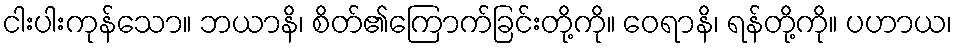
ငါးပါးကုန်သော။ ဘယာနိ၊ စိတ်၏ကြောက်ခြင်းတို့ကို။ ဝေရာနိ၊ ရန်တို့ကို။ ပဟာယ၊